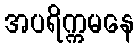
အပရိက္ကမနေ